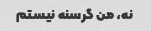
نه، من گرسنه نیستم